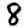
Digit: 8